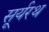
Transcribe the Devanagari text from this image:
सूर्यरथ